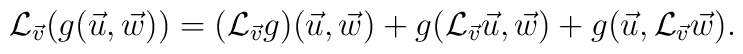
{\cal L}_{\vec{v}}(g(\vec{u},\vec{w})) =  ({\cal L}_{\vec{v}}g)(\vec{u},\vec{w}) + g({\cal L}_{\vec{v}}\vec{u},\vec{w}) +  g(\vec{u},{\cal L}_{\vec{v}}\vec{w}).